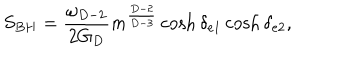
S _ { B H } = { \frac { \omega _ { D - 2 } } { 2 G _ { D } } } m ^ { \frac { D - 2 } { D - 3 } } \cosh \delta _ { e 1 } \cosh \delta _ { e 2 } ,